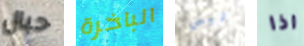
حبال الباخرة ليس اذا